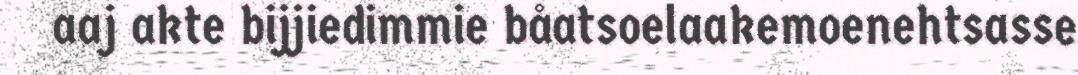
aaj akte bijjiedimmie båatsoelaakemoenehtsasse